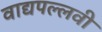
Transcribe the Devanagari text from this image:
वाद्यपल्लवी